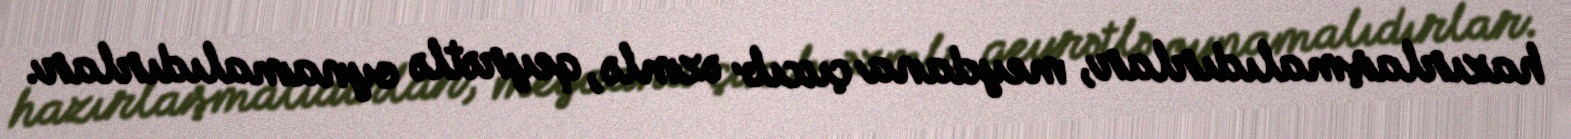
hazırlaşmalıdırlar, meydana çıxıb əzmlə, qeyrətlə oynamalıdırlar.